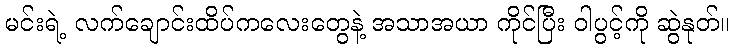
မင်းရဲ့ လက်ချောင်းထိပ်ကလေးတွေနဲ့ အသာအယာ ကိုင်ပြီး ဝါပွင့်ကို ဆွဲနုတ်။